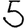
Digit: 5